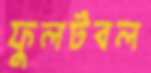
ফুলটবল